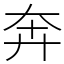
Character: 奔